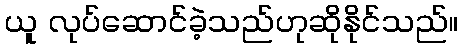
ယူ လုပ်ဆောင်ခဲ့သည်ဟုဆိုနိုင်သည်။